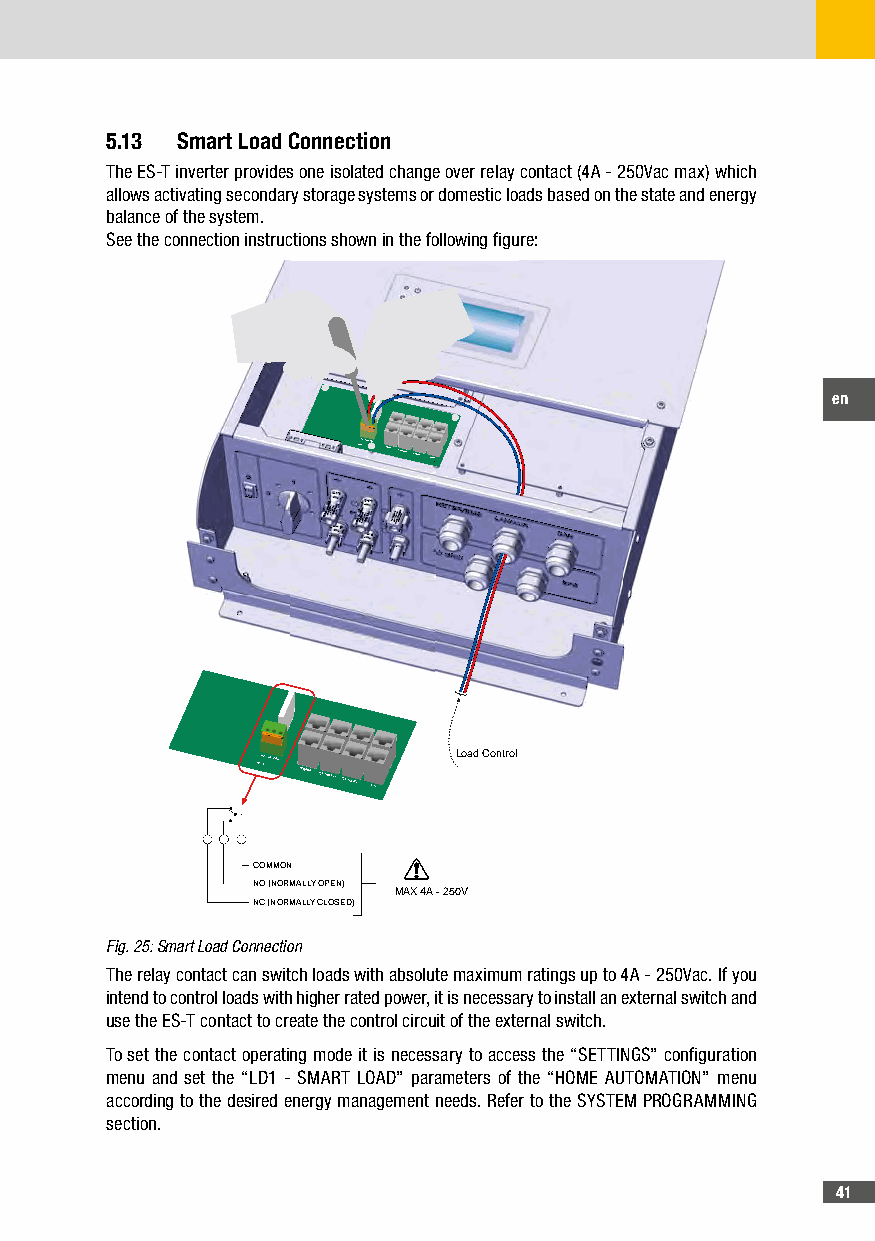
5�13 Smart Load Connection
 The ES-T inverter provides one isolated change over relay contact (4A - 250Vac max) which
 allows activating secondary storage systems or domestic loads based on the state and energy
 balance of the system.
 See the connection instructions shown in the following figure:
 en
 RLN4CNOCOM
 RS485CAN BATTCAN EXTLAN
 }
 RLN 4CNOCOM
 RS485 CAN BATTCAN EXT LAN
 Load Control
 COMMON
 NO (NORMALLY OPEN)
 MAX 4A - 250V
 NC (NORMALLY CLOSED)
 Fig. 25: Smart Load Connection
 The relay contact can switch loads with absolute maximum ratings up to 4A - 250Vac. If you
 intend to control loads with higher rated power, it is necessary to install an external switch and
 use the ES-T contact to create the control circuit of the external switch.
 To set the contact operating mode it is necessary to access the “SETTINGS” configuration
 menu and set the “LD1 - SMART LOAD” parameters of the “HOME AUTOMATION” menu
 according to the desired energy management needs. Refer to the SYSTEM PROGRAMMING
 section.
 41